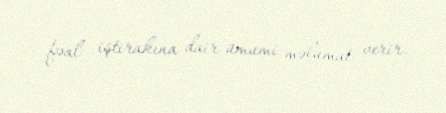
fəal iştirakına dair ümumi məlumat verir.